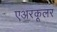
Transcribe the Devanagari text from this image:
एअरकूलर